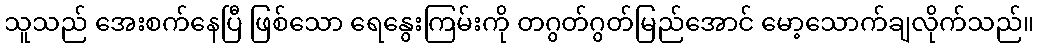
သူသည် အေးစက်နေပြီ ဖြစ်သော ရေနွေးကြမ်းကို တဂွတ်ဂွတ်မြည်အောင် မော့သောက်ချလိုက်သည်။